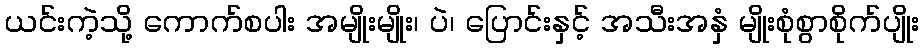
ယင်းကဲ့သို့ ကောက်စပါး အမျိုးမျိုး၊ ပဲ၊ ပြောင်းနှင့် အသီးအနှံ မျိုးစုံစွာစိုက်ပျိုး